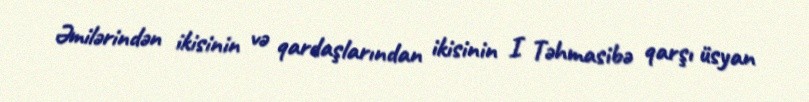
Əmilərindən ikisinin və qardaşlarından ikisinin I Təhmasibə qarşı üsyan